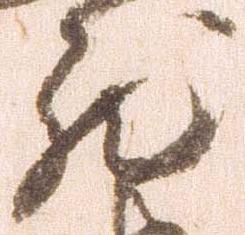
然